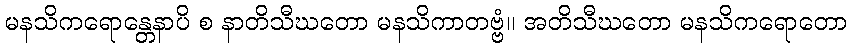
မနသိကရောန္တေနာပိ စ နာတိသီဃတော မနသိကာတဗ္ဗံ။ အတိသီဃတော မနသိကရောတော